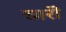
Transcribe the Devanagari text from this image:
चारॊ